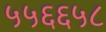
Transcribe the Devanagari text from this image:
५५६६५८